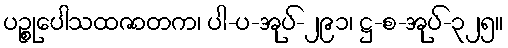
ပဉ္စုပေါသထဇာတက၊ ပါ-ပ-အုပ်-၂၉၁၊ ဋ္ဌ-စ-အုပ်-၃၂၅။